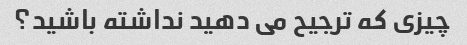
چیزی که ترجیح می دهید نداشته باشید؟